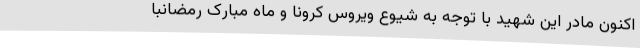
اکنون مادر این شهید با توجه به شیوع ویروس کرونا و ماه مبارک رمضانبا